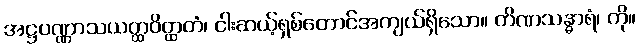
အဋ္ဌပဏ္ဏာသယတ္ထဝိတ္ထတံ၊ ငါးဆယ့်ရှစ်တောင်အကျယ်ရှိသော။ တိဏသန္ဓာရံ၊ ကို။